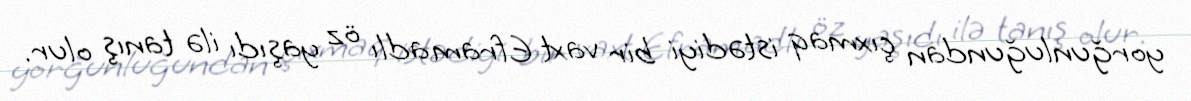
yorğunluğundan çıxmaq istədiyi bir vaxt Efram adlı öz yaşıdı ilə tanış olur.